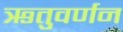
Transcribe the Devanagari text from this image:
ऋतुवर्णन